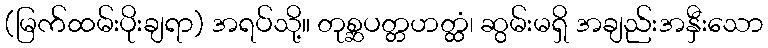
(မြက်ထမ်းပိုးချရာ) အရပ်သို့။ တုစ္ဆပတ္တဟတ္ထံ၊ ဆွမ်းမရှိ အချည်းအနှီးသော